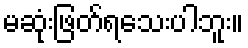
မဆုံးဖြတ်ရသေးပါဘူး။